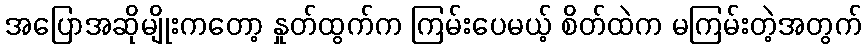
အပြောအဆိုမျိုးကတော့ နှုတ်ထွက်က ကြမ်းပေမယ့် စိတ်ထဲက မကြမ်းတဲ့အတွက်